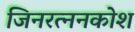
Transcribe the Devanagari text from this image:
जिनरत्ननकोश